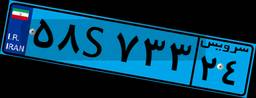
۳۸S۵۱۰۹۵